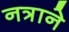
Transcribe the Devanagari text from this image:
नत्राने